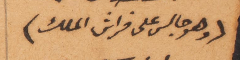
(وهو جالس على فراش الملك)